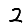
Digit: 2